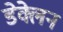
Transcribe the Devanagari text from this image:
डेक्लेन